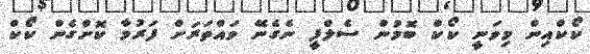
ކޯކްއިން މިވަނީ ކޯކް ބޮމުން ސެލްފީ ނެގެނޭ ވައްތަރަށް ފަރުމާ ކޮށްގެން ކޯކް